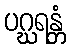
ပဂ္ဃရန္တံ